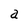
Character: a